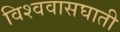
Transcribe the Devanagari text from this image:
विश्ववासघाती